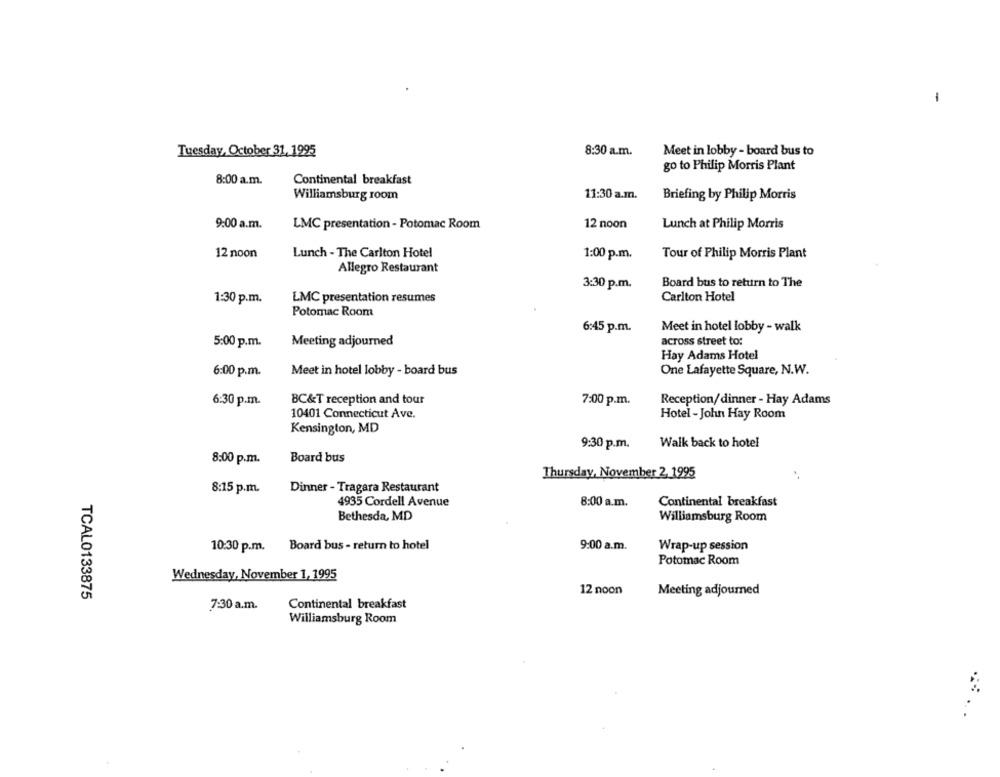
-
Tuesday, October 31, 1995
8:30 a.m.
Meet in lobby - board bus to
go to Philip Morris Plant
8:00 a.m.
Continental breakfast
11:30 a.m.
Williamsburg room
Briefing by Philip Morris
9:00 a.m.
LMC presentation - Potomac Room
12 noon
Lunch at Philip Morris
12 noon
Lunch - The Carlton Hotel
1:00 p.m.
Tour of Philip Morris Plant
Allegro Restaurant
3:30 p.m.
Board bus to return to The
1:30 p.m.
LMC presentation resumes
Carlton Hotel
Potomac Room
6:45 p.m.
Meet in hotel lobby - walk
5:00 p.m.
Meeting adjourned
across street to:
Hay Adams Hotel
6:00 p.m.
Meet in hotel lobby - board bus
One Lafayette Square, N.W.
6:30 p.m.
BC&T reception and tour
7:00 p.m.
Reception/dinner - Hay Adams
10401 Connecticut Ave.
Hotel - John Hay Room
Kensington, MD
Walk back to hotel
9:30 p.m.
Board bus
8:00 p.m.
Thursday, November 2, 1995
8:15 p.m.
Dinner - Tragara Restaurant
4935 Cordell Avenue
8:00 a.m.
Continental breakfast
Bethesda, MD
Williamsburg Room
10:30 p.m. Board bus - return to hotel
9:00 a.m.
Wrap-up session
Potomac Room
Wednesday, November 1, 1995
12 noon
TCAL0133875
Meeting adjourned
7:30 a.m.
Continental breakfast
Williamsburg Room